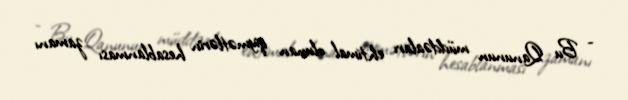
- Bu Qanunun müddəaları ehtimal olunan qiymətlərin hesablanması zamanı